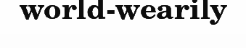
world-wearily